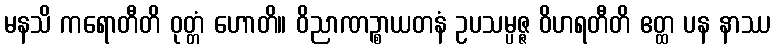
မနသိ ကရောတီတိ ဝုတ္တံ ဟောတိ။ ဝိညာဏဉ္စာယတနံ ဥပသမ္ပဇ္ဇ ဝိဟရတီတိ ဧတ္ထ ပန နာဿ